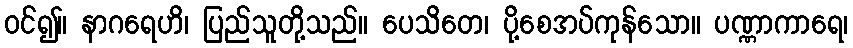
ဝင်၍။ နာဂရေဟိ၊ ပြည်သူတို့သည်။ ပေသိတေ၊ ပို့စေအပ်ကုန်သော။ ပဏ္ဏာကာရေ၊